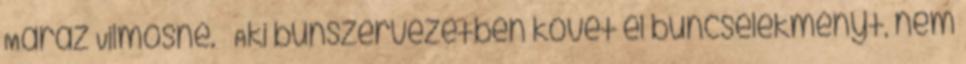
Maráz Vilmosné. – Aki bűnszervezetben követ el bűncselekményt, nem